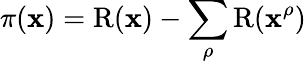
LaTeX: \pi(\mathbf{x})=\operatorname{R}(\mathbf{x})-\sum_{\rho}\operatorname{R}(\mathbf{x}^{\rho})